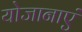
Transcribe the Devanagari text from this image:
योजानाएं